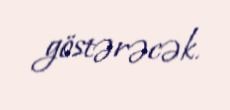
göstərəcək.